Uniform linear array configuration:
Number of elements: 4
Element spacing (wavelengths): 0.25
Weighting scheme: binomial
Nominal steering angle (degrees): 60
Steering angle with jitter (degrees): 61.972
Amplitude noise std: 0.05
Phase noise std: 0.05

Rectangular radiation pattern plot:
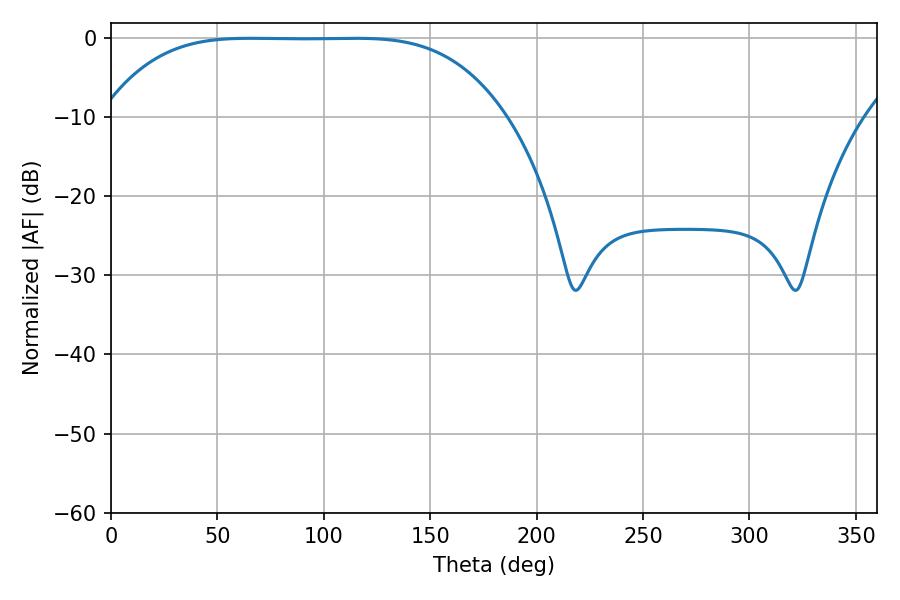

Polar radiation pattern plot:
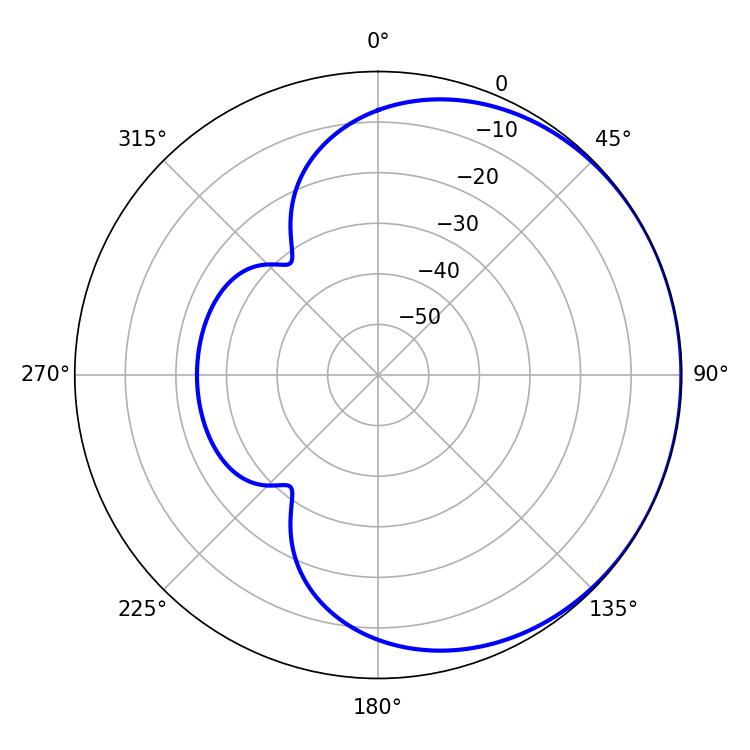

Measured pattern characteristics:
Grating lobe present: FALSE
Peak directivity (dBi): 0.4742
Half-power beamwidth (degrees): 142.92
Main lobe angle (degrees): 65.52